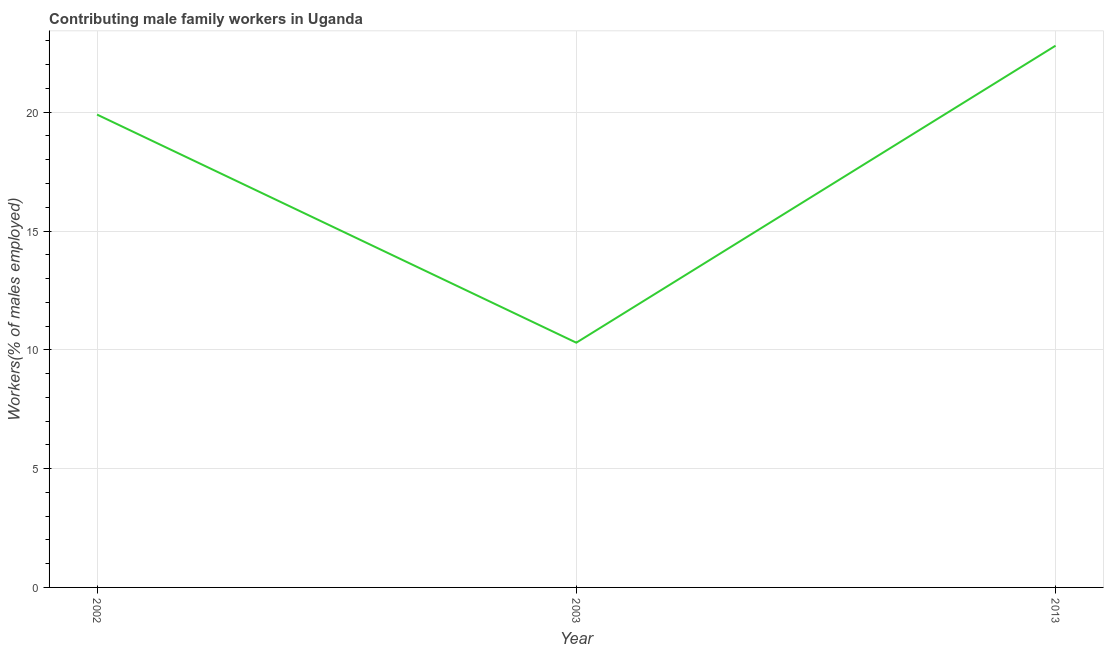
| Year | Contributing family workers |
 | --- | --- |
 | 2002 | 19.9 |
 | 2003 | 10.3 |
 | 2013 | 22.8 |